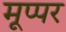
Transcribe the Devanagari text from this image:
मूप्पर